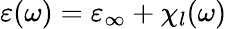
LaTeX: \varepsilon(\omega)=\varepsilon_{\infty}+\chi_{l}(\omega)